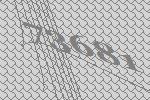
73681